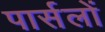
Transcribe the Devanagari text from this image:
पार्सलों